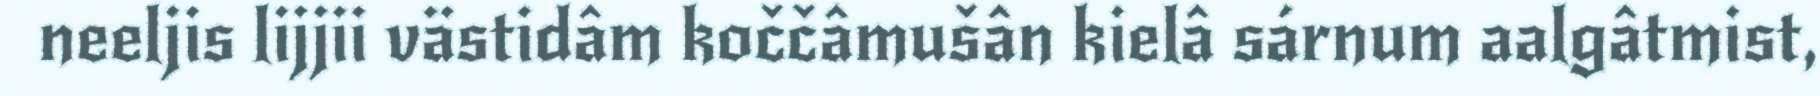
neeljis lijjii västidâm koččâmušân kielâ sárnum aalgâtmist,